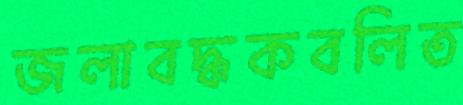
জলাবদ্ধকবলিত